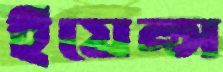
ইয়েন্স